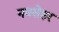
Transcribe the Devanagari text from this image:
नवसेहर